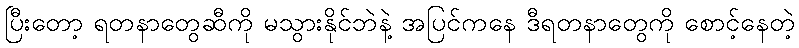
ပြီးတော့ ရတနာတွေဆီကို မသွားနိုင်ဘဲနဲ့ အပြင်ကနေ ဒီရတနာတွေကို စောင့်နေတဲ့